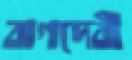
বাগদেবী